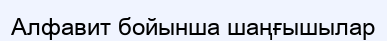
Алфавит бойынша шаңғышылар